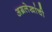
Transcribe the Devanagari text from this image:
अग्रलेखांची